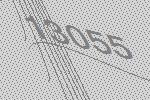
13055